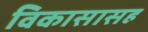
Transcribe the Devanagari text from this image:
विकासासह